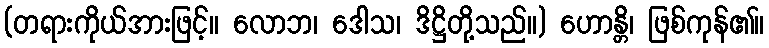
(တရားကိုယ်အားဖြင့်။ လောဘ၊ ဒေါသ၊ ဒိဋ္ဌိတို့သည်။) ဟောန္တိ၊ ဖြစ်ကုန်၏။